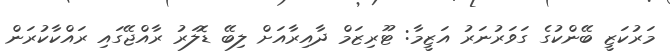
މަރުކަޒީ ބޭންކުގެ ގަވަރުނަރު އަޒީމާ: ޓޫރިޒަމް ދާއިރާއަށް ލިބޭ ޑޮލަރު ރާއްޖޭގައި ރައްކާކުރަން